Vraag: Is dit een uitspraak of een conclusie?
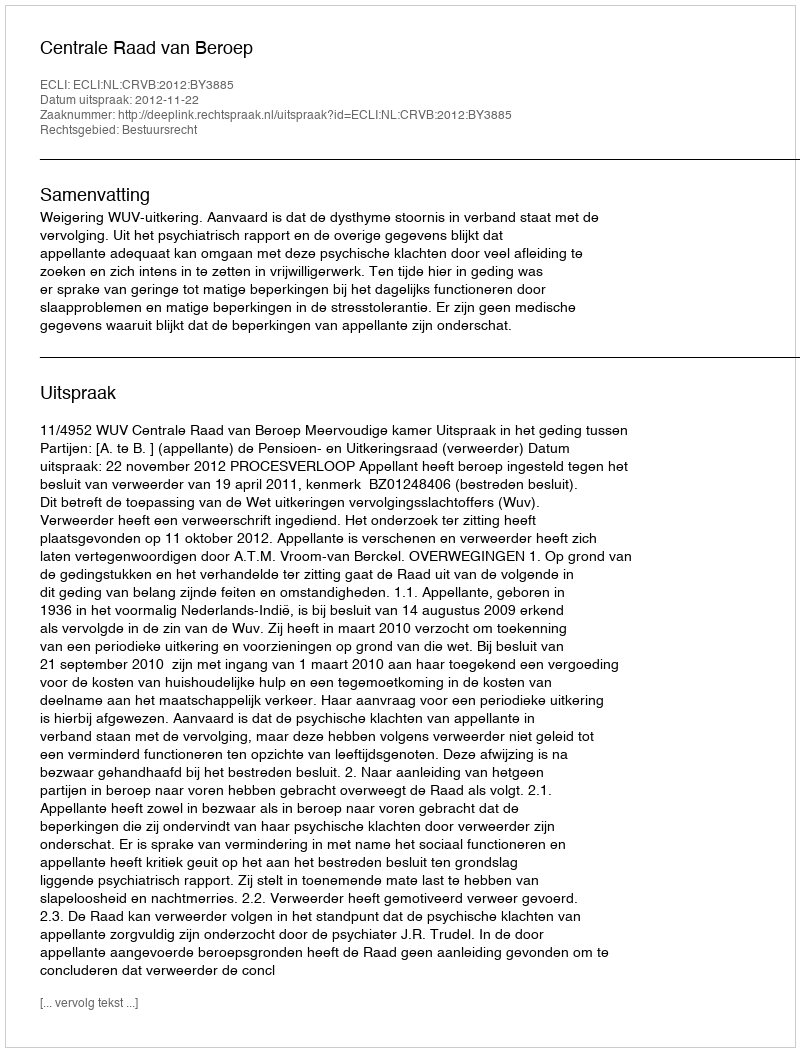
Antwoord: Uitspraak